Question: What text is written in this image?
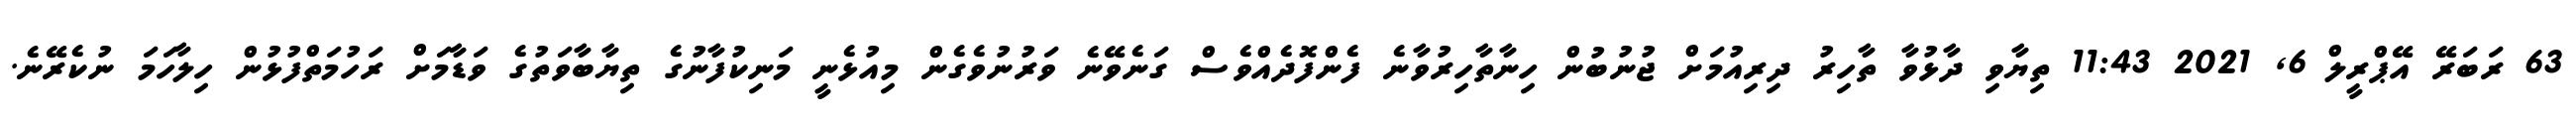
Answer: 63 ރަބަރޭ އޭޕްރީލް 6, 2021 11:43 ތިޔާވި ދާޅުވާ ތާހިރު ދިރިއުމަށް ޖުނުބުން ހިނާތާހިރުވާނެ ފެންފޮދެއްވެސް ގަނެވޭނެ ވަރުނުވެގެން މިއުޅެނީ މަނިކުފާނުގެ ތިޔާބާވަތުގެ ވަޑާމަށް ރަހުމަތްފުޅުން ހިލާހަމަ ނުކެރޭނެ.